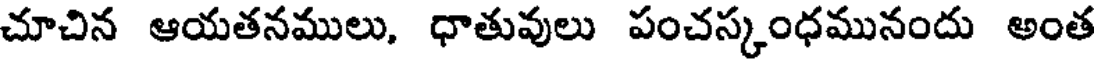
చూచిన ఆయతనములు, ధాతువులు పంచస్కంధమునందు అంత